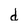
Character: d